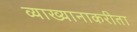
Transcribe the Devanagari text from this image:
व्याख्यानाकरीता